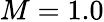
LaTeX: M=1.0